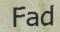
Fad